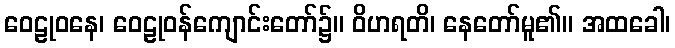
ဝေဠုဝနေ၊ ဝေဠုဝန်ကျောင်းတော်၌။ ဝိဟရတိ၊ နေတော်မူ၏။ အထခေါ၊